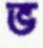
ভ